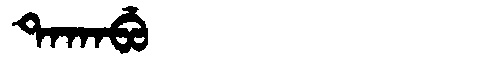
Manchu: ᡨᠠᡴᠠᠪᡠ
Romanization: TAKABU